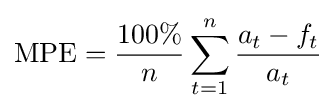
{\text{MPE}}={\frac {100\%}{n}}\sum _{t=1}^{n}{\frac {a_{t}-f_{t}}{a_{t}}}